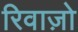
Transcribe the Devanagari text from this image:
रिवाज़ो